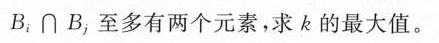
B_{i} \cap B_{j}，至多有两个元素，求k的最大值。